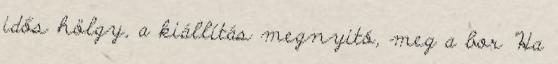
idős hölgy, a kiállítás megnyitó, meg a bor "Ha